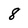
Character: 8